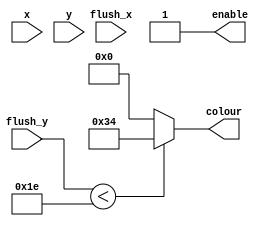
module grass_background_graphic(x, y, flush_x, flush_y, colour, enable);

	input [6:0] x;
	input [6:0] y;
	input [6:0] flush_x;
	input [6:0] flush_y;
	output reg [5:0] colour;
	output reg enable;
	
	always@(*) begin
		if(flush_y < 7'd30) begin
			colour <= 6'b110100;
			enable <= 1;
		end
		else begin
			colour <= 6'b000000;
			enable <= 1;
		end
	end

endmodule